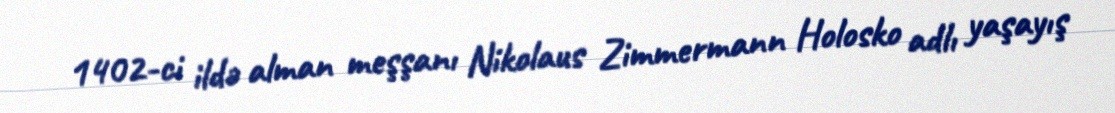
1402-ci ildə alman meşşanı Nikolaus Zimmermann Holosko adlı yaşayış